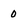
Character: 0